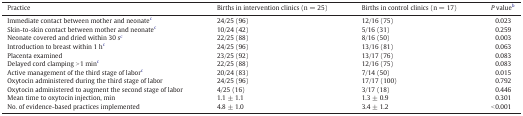
| Practice | Births in intervention clinics (n = 25) | Births in control clinics (n = 17) | P valueb |
 | --- | --- | --- | --- |
 | Immediate contact between mother and neonatec | 24/25 (96) | 12/16 (75) | 0.023 |
 | Skin-to-skin contact between mother and neonatec | 10/24 (42) | 5/16 (31) | 0.259 |
 | Neonate covered and dried within 30 sc | 22/25 (88) | 8/16 (50) | 0.003 |
 | Introduction to breast within 1 hc | 24/25 (96) | 13/16 (81) | 0.063 |
 | Placenta examined | 23/25 (92) | 13/17 (76) | 0.083 |
 | Delayed cord clamping > 1 minc | 22/25 (88) | 12/16 (75) | 0.083 |
 | Active management of the third stage of laborc | 20/24 (83) | 7/14 (50) | 0.015 |
 | Oxytocin administered during the third stage of labor | 24/25 (96) | 17/17 (100) | 0.792 |
 | Oxytocin administered to augment the second stage of labor | 4/25 (16) | 3/17 (18) | 0.446 |
 | Mean time to oxytocin injection, min | 1.1 ± 1.1 | 1.3 ± 0.9 | 0.301 |
 | No. of evidence-based practices implemented | 4.8 ± 1.0 | 3.4 ± 1.2 | < 0.001 |